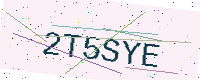
Text: 2T5SYE